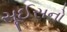
સૂઈસનો